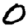
Digit: 0